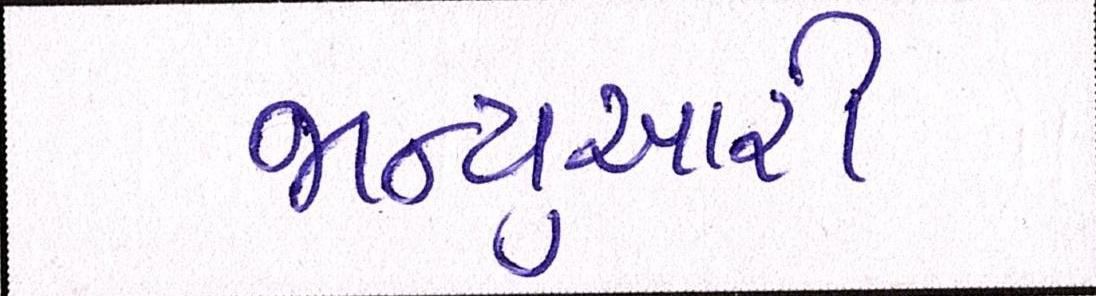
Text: જાન્યુઆરી